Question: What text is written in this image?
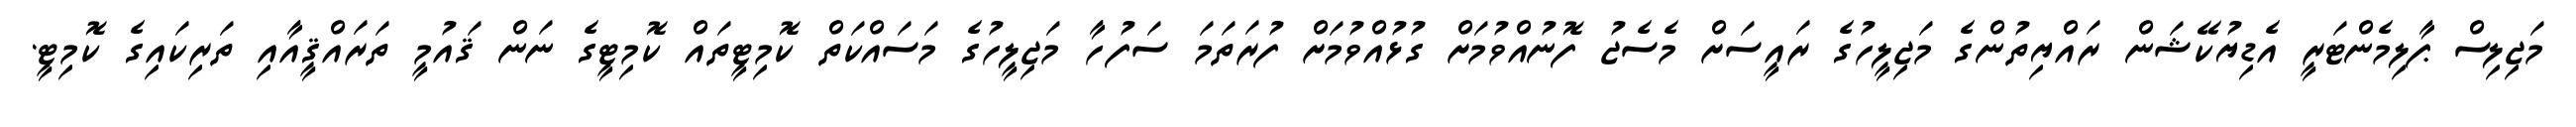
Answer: މަޖިލިސް ޕާލިމެންޓަރީ އެޑިޔުކޭޝަން ރައްޔިތުންގެ މަޖިލީހުގެ ރައީސަށް މެސެޖު ފޮނުއްވުމަށް ގުޅުއްވުމަށް ފުރަތަމަ ސަފުހާ މަޖިލީހުގެ މަސައްކަތް ކޮމިޓީތައް ކޮމިޓީގެ ނަން ޤައުމީ ތަރައްޤީއާއި ތަރިކައިގެ ކޮމިޓީ.